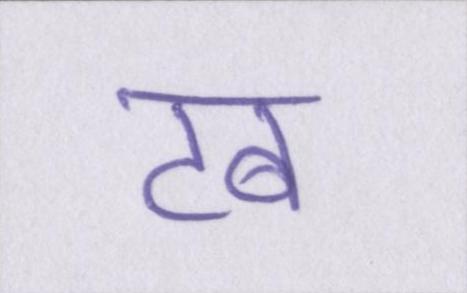
टब